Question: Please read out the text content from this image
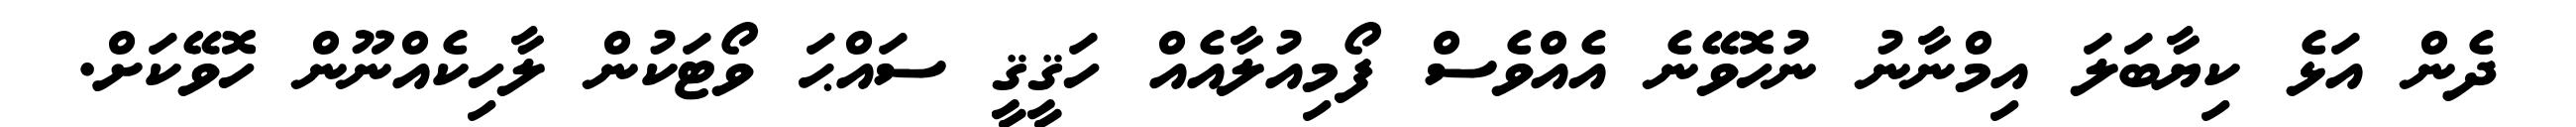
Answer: ދެން އަޅެ ކިޔާބަލަ އިމްނާނު ނުހޮވޭނެ އެއްވެސް ފޯމިއުލާއެއް ހަޤީޤީ ސައްޙަ ވޯޓަކުން ލާހިކެއްނޫން ހޮވޭކަށް.